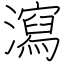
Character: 瀉